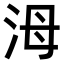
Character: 𣳠